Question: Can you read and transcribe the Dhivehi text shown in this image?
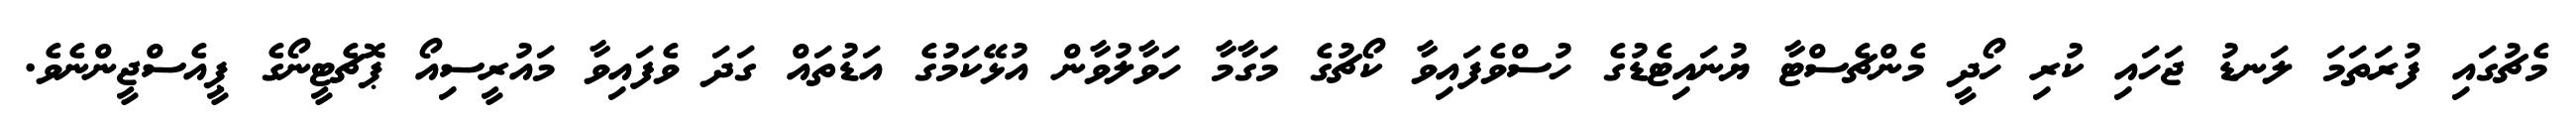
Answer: މެޗުގައި ފުރަތަމަ ލަނޑު ޖަހައި ކުރި ހޯދީ މެންޗެސްޓާ ޔުނައިޓެޑުގެ ހުސްވެފައިވާ ކޯޗުގެ މަގާމާ ހަވާލުވާން އުޅޭކަމުގެ އަޑުތައް ގަދަ ވެފައިވާ މައުރީސިއޯ ޕޮޗެޓީނޯގެ ޕީއެސްޖީންނެވެ.